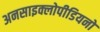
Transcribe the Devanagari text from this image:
अनसाइक्लोपीडियनों